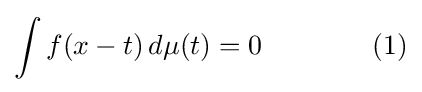
\int f(x-t)\,d\mu (t)=0\qquad \qquad (1)